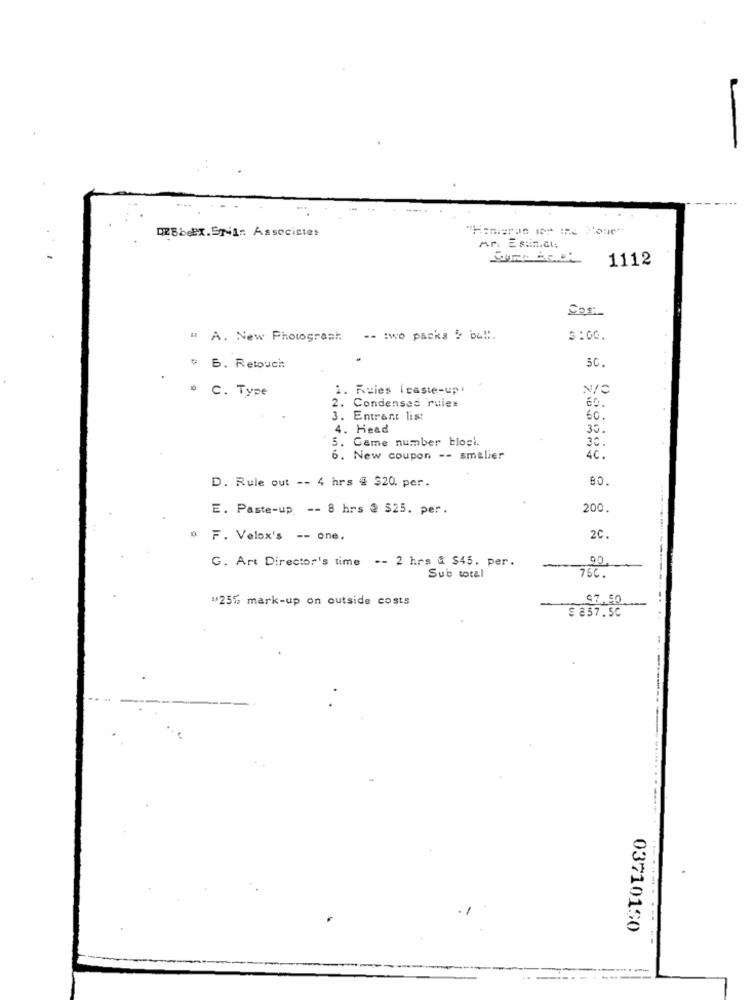
DEBbex.Spin Associates
Ar. Estin.cl:
1112
Così
. A. New Photograph
-- : wo packs & ba !!.
S:00.
5C
# B. Retouch
1. Rules ( caste-up
N/C
# C. Type
60.
2. Condensed rules
3. Entrant list
60.
4. Head
35.
5. Game number blogl.
30.
6. New coupon -- smalier
4C.
D. Rule out -- 4 hrs @ $20. per.
80
E. Paste-up -- 8 hrs @ $25. per.
200.
F . Velox's -- one.
2C.
G. Art Director's time -- 2 hrs & $45. per.
75C.
Sub total
"25% mark-up on outside costs
97,50.
$ 857.50
--- ----
03710150
----------